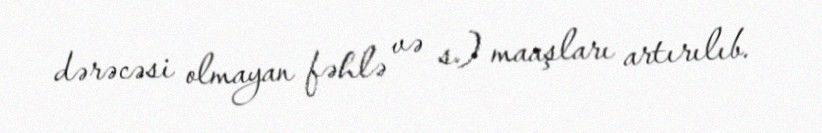
dərəcəsi olmayan fəhlə və s.) maaşları artırılıb.